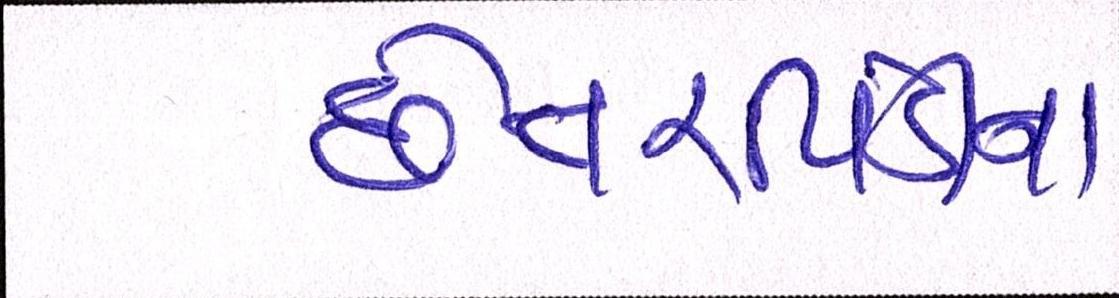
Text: છેતરપિંડીના